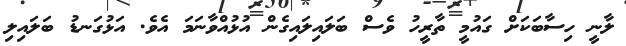
ލާނީ ހިސާބަކަށް ގައުމީ ތާރީހު ވެސް ބަލައިލައިގެން އުޅުއްވާނަމަ އެވެ. އަޅުގަނޑު ބަލައިލި